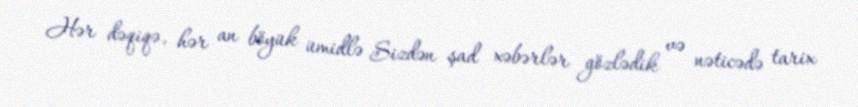
Hər dəqiqə, hər an böyük ümidlə Sizdən şad xəbərlər gözlədik və nəticədə tarix